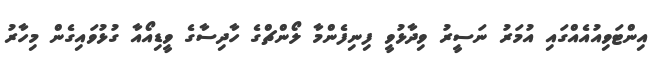
އިންޓަވިއުއެއްގައި އުމަރު ނަސީރު ވިދާޅުވީ ފިނިފެންމާ ލޯންޗްގެ ހާދިސާގެ ވީޑިއޯއާ ގުޅުވައިގެން މިހާރު